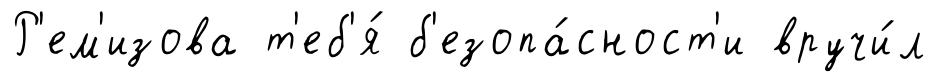
Р'ем'изова т'еб'я́ б'езопа́сност'и вручи́л